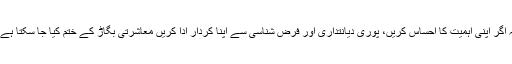
یہ اگر اپنی اہمیت کا احساس کریں، پوری دیانتداری اور فرض شناسی سے اپنا کردار ادا کریں معاشرتی بگاڑ کے ختم کیا جا سکتا ہے ۔